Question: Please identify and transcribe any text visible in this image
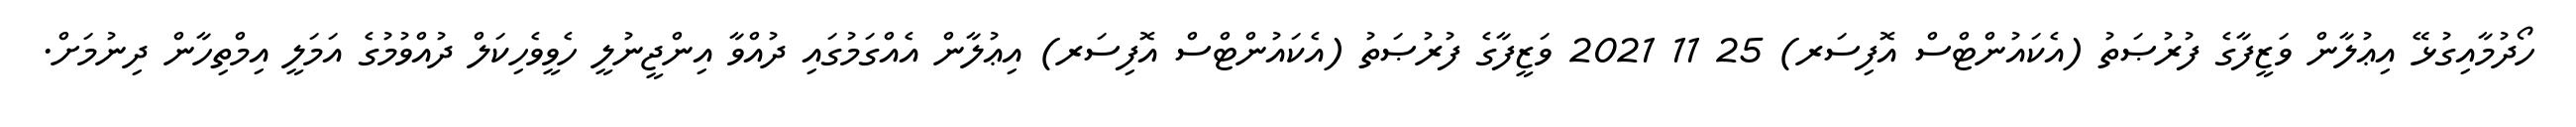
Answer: ހޯދުމާއިގުޅޭ އިޢުލާން ވަޒީފާގެ ފުރުޞަތު (އެކައުންޓްސް އޮފިސަރ) 25 11 2021 ވަޒީފާގެ ފުރުޞަތު (އެކައުންޓްސް އޮފިސަރ) އިޢުލާން އެއްގަމުގައި ދުއްވާ އިންޖީނުލީ ހެވީވެހިކަލް ދުއްވުމުގެ އަމަލީ އިމްތިހާން ދިނުމަށް.